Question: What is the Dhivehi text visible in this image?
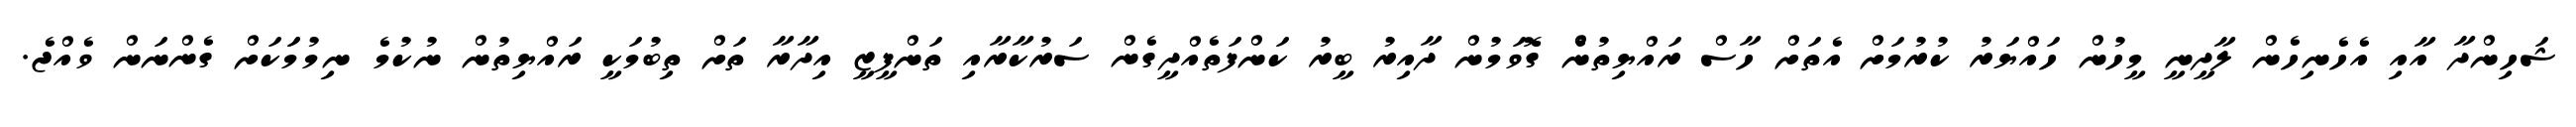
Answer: ޝަހިންދާ އާއި އެހެނިހެން ލާދީނީ މީހުން ހައްޔަރު ކުރުމަށް އެތަށް ހާސް ރައްޔިތުނެް ގޮވަމުން ދާއިރު ބީރު ކަންފަތެއްދީގެން ސަރުކާރާއި ތަންފީޒީ އިދާރާ ތަށް ތިބުމަކީ ރައްޔިތުން ނުކުމެ ނިމުމަަކަށް ގެންނަން ވެއްޖެ.